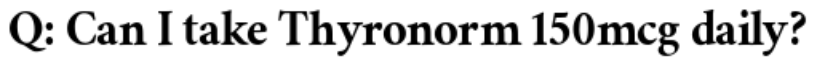
Q: Can I take Thyronorm 150mcg daily?